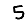
Digit: 5